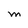
Character: M